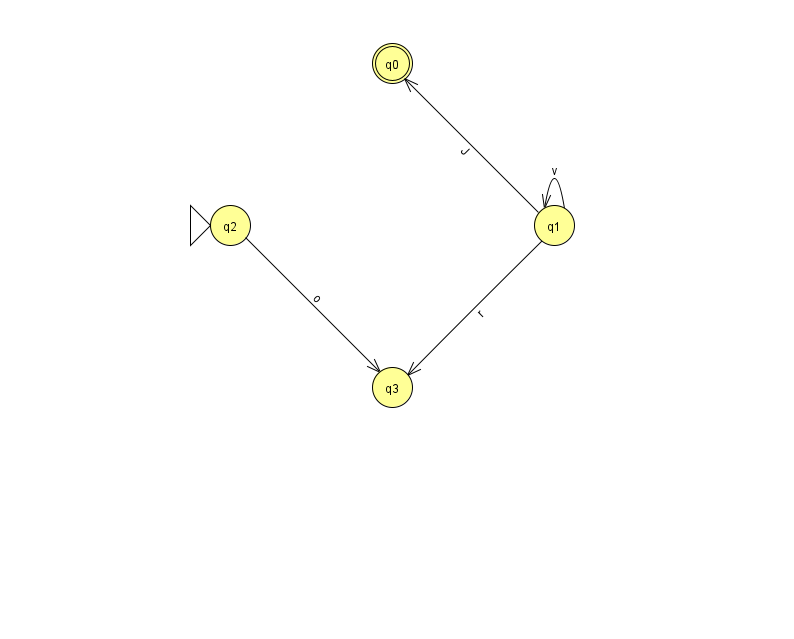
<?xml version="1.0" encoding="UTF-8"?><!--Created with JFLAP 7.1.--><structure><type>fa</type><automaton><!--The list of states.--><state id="0" name="q0"><x>392.0</x><y>50.0</y><final/></state><state id="1" name="q1"><x>554.0</x><y>212.0</y></state><state id="2" name="q2"><x>230.0</x><y>212.0</y><initial/></state><state id="3" name="q3"><x>392.0</x><y>374.0</y></state><!--The list of transitions.--><transition><from>1</from><to>0</to><read>J</read></transition><transition><from>1</from><to>1</to><read>v</read></transition><transition><from>1</from><to>3</to><read>r</read></transition><transition><from>2</from><to>3</to><read>o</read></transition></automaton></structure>